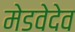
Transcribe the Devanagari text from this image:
मेडवेदेव